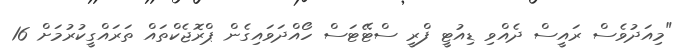
"މިއަދުވެސް ރައީސް ދެއްވި ޑިއުޓީ ފްރީ ސްޓޭޓަސް ހޯއްދަވައިގެން ޕްރޮޖެކްތައް ތަރައްގީކުރުމަށް 16